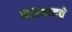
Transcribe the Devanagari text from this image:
अझवादचे